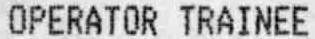
OPERATOR TRAINEE